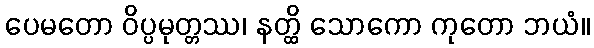
ပေမတော ဝိပ္ပမုတ္တဿ၊ နတ္ထိ သောကော ကုတော ဘယံ။